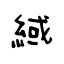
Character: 緎